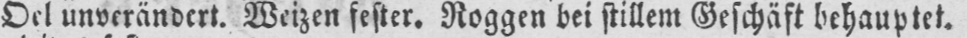
Oel unverändert. Weizen fester. Roggen bei stillem Geschäft behauptet.